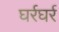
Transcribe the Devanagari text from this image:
घर्रघर्र